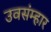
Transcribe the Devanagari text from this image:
उवसंम्हार